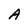
Character: A